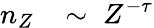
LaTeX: n_{Z}\; \; \; \sim\; Z^{-\tau}